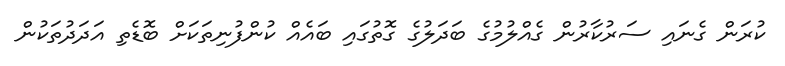
ކުރަން ގެނައި ސަރުކާރުން ގެއްލުމުގެ ބަދަލުގެ ގޮތުގައި ބައެއް ކުންފުނިތަކަށް ބޮޑެތި އަދަދުތަކުން